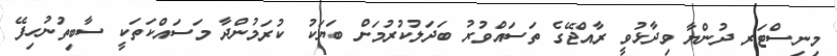
މިނިސްޓަރ ދުންޔާ ވިދާޅުވީ ރާއްޖޭގެ ތަސައްވުރު ބަދަލުކުރުމަށް ބަޔަކު ކުރަމުންދާ މަސައްކަތަކީ ސާބިތުނުހިފޭ